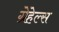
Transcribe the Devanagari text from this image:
ग्रेहेल्स